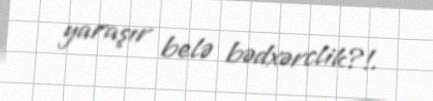
yaraşır belə bədxərclik?!.